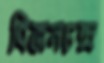
বিজনচন্দ্র